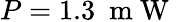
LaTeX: P=1.3~\mathrm{~m~W~}